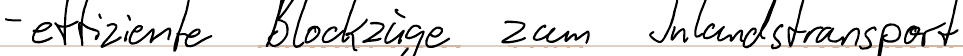
- effiziente Blockzüge zum Inlandstransport